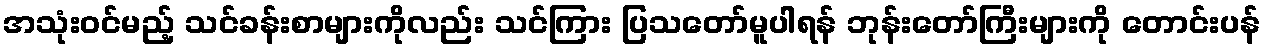
အသုံးဝင်မည့် သင်ခန်းစာများကိုလည်း သင်ကြား ပြသတော်မူပါရန် ဘုန်းတော်ကြီးများကို တောင်းပန်